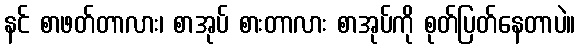
နင် စာဖတ်တာလား၊ စာအုပ် စားတာလား စာအုပ်ကို စုတ်ပြတ်နေတာပဲ။